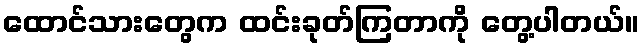
ထောင်သားတွေက ထင်းခုတ်ကြတာကို တွေ့ပါတယ်။